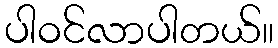
ပါဝင်လာပါတယ်။